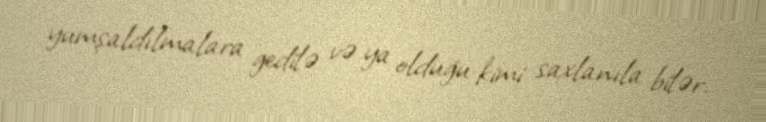
yumşaldılmalara gedilə və ya olduğu kimi saxlanıla bilər.